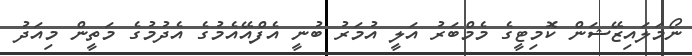
ނޯމަލައިޒޭޝަން ކޮމިޓީގެ މެމްބަރު އަލީ އުމަރު ބުނީ އެފްއޭއެމުގެ އެދުމުގެ މަތީން މިއަދު